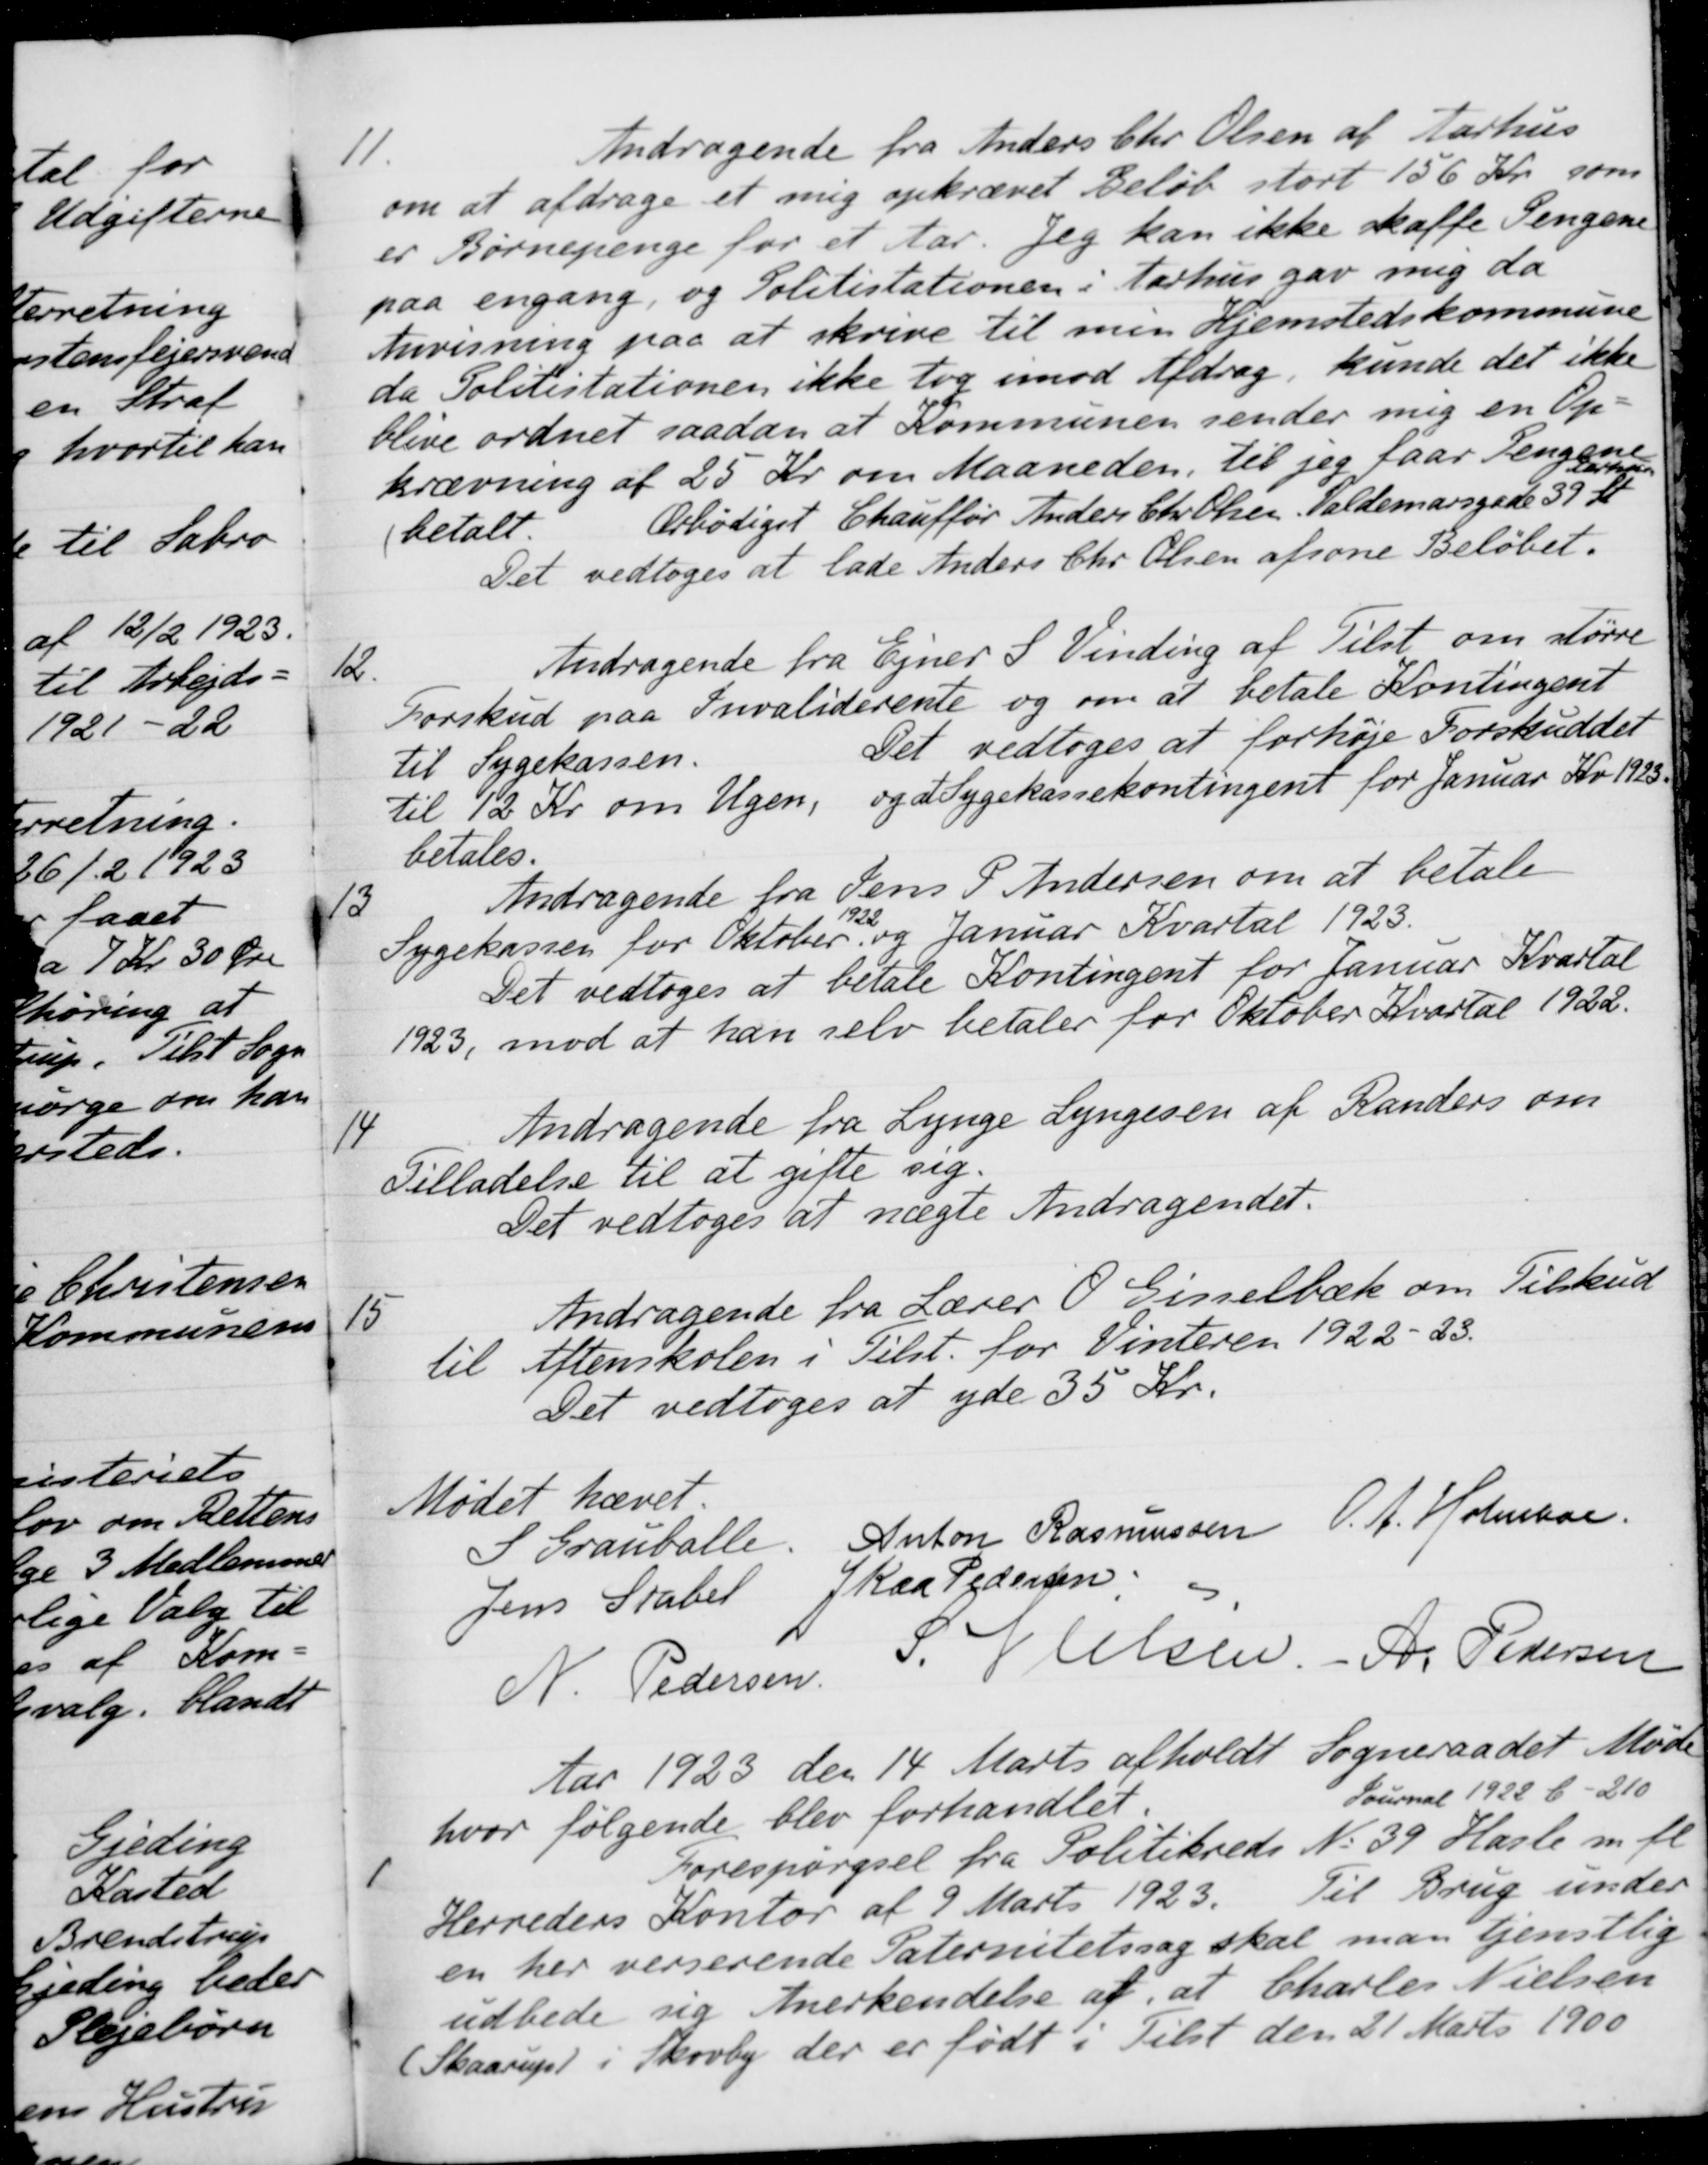
Transskription:
11.
Andragende fra Anders Chr Olsen af Aarhus
om at afdrage et mig opkrævet Beløb stort 156 Kr. som
er Børnepenge for et Aar. Jeg kan ikke skaffe Pengene
paa engang, og Politistationen i Aarhus gav mig da
Anvisning paa at skrive til men Hjemstedskommune
da Politistationen ikke tog imod Afdrag, kunde det ikke
blive ordnet saadan at Kommunen sender mig en Op-
krævning af 25 Kr. om Maaneden, til jeg faar Fengene
abc
betalt
Ærbødigst Chauffør Anders Chr Olsen, Valdemarsgade 39 Kr
Det vedtoges at lade Anders Chr Olsen afsone Beløbet.
12.
Andragende fra Ejner S Vinding af Tilst om større
Forskud paa Invaliderente og om at betale Kontingent
til Sygekassen. Det vedtoges at forhøje Forskuddet
til 12 Kr om Ugen, og at Sygekassekontingent for Januar Kv. 1923.
betales.
13
Andragende fra Jens P Andersen om at betale
Sygekassen for Oktober
1922
og Januar Kvartal 1923.
Det vedtoges at betale Kontingent for Januar Kvartal
1923, mod at han selv betaler for Oktober Kvartal 1922.
14
Andragende fra Lynge Lyngesen af Randers om
Tilladelse til at gifte sig.
Det vedtoges at nægte Andragendet.
15
Andragende fra Lærer O Gisselbæk om Tilskud
til Aftenskolen i Tilst. for Vinteren 1922-23.
Det vedtoges at yde 35 Kr.
Mødet hævet
S Grauballe
Anton Rasmussen
O.A. Holmboe.
Jens Stabel
J Kaa Pedersen
N. Pedersen
S. Nielsen.
A. Pedersen
Aar 1923 den 14 Marts afholdt Sogneraadet Møde
hvor følgende blev forhandlet
Journal 1922C - 210
1
Forespørgsel fra Politikreds No 39 Hasle m. fl.
Herreders Kontor af 9 Marts 1923
Til Brug under
en her verserende Paternitetssag skal man tjenstlig
udbede sig Anerkendelse af, at Charles Nielsen
(Skaarup) i Skovby der er født i Tilst den 21 Marts 1900